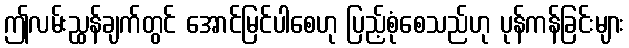
ဤလမ်းညွှန်ချက်တွင် အောင်မြင်ပါစေဟု ပြည့်စုံစေသည်ဟု ပုန်ကန်ခြင်းများ